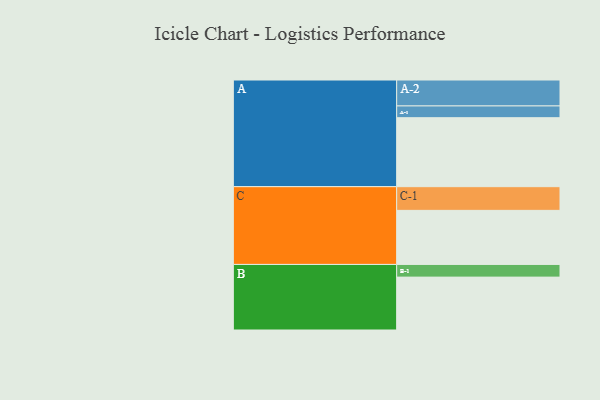
{"axis": {"x": "Segment", "y": "Value"}, "legend": ["", "A", "B", "C"], "data": [{"x": "A", "y": 463, "type": ""}, {"x": "B", "y": 355, "type": ""}, {"x": "C", "y": 363, "type": ""}, {"x": "A-1", "y": 79, "type": "A"}, {"x": "A-2", "y": 174, "type": "A"}, {"x": "B-1", "y": 85, "type": "B"}, {"x": "C-1", "y": 159, "type": "C"}]}